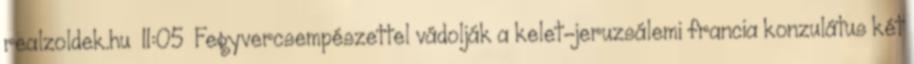
realzoldek.hu 11:05 Fegyvercsempészettel vádolják a kelet-jeruzsálemi francia konzulátus két